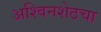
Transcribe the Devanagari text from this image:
अश्विनशेठचा